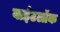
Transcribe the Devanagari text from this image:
वाईटलॉक